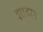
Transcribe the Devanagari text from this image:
झीटा२